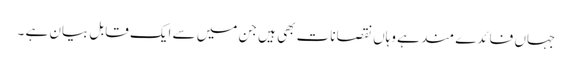
جہاں فائدے مند ہے وہاں نقصانات بھی ہیں جن میں سے ایک قابل بیان ہے ۔